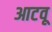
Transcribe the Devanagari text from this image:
आटवू